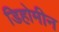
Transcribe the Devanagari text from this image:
डिहोमीन